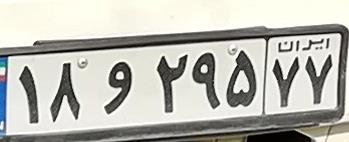
۱۸و۲۹۵۷۷